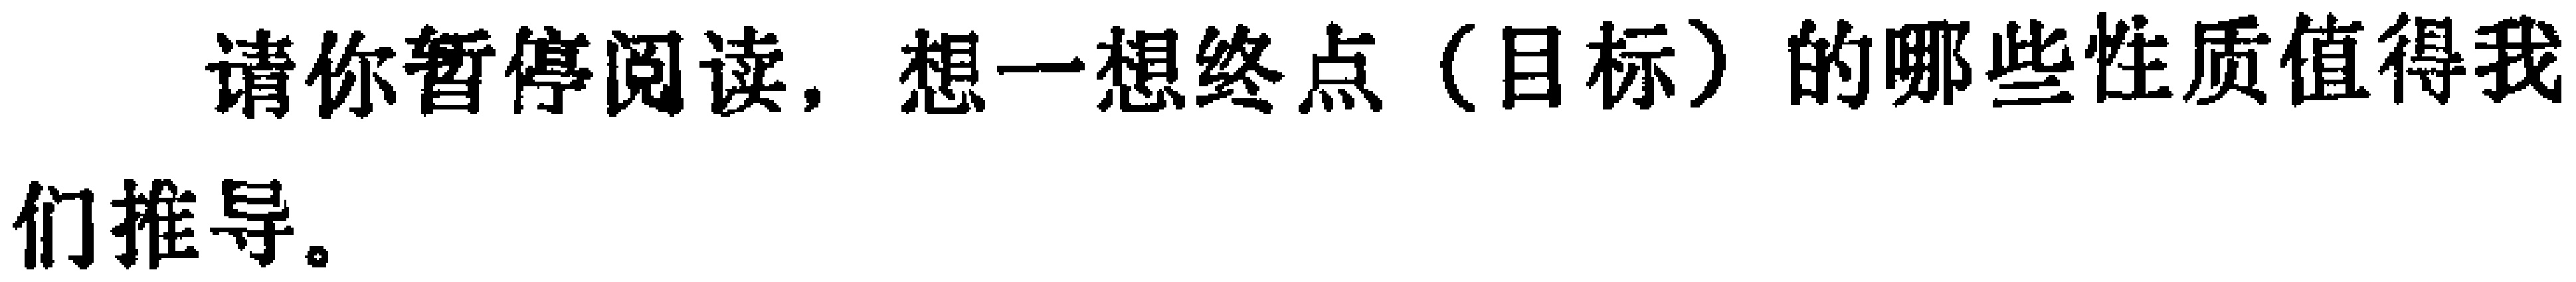
请你暂停阅读，想一想终点（目标）的哪些性质值得我们推导。